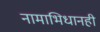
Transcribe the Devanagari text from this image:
नामाभिधानही